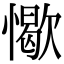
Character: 𢢚